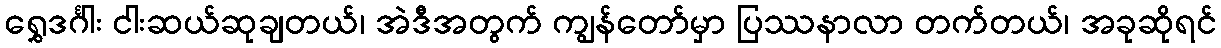
ရွှေဒင်္ဂါး ငါးဆယ်ဆုချတယ်၊ အဲဒီအတွက် ကျွန်တော်မှာ ပြဿနာလာ တက်တယ်၊ အခုဆိုရင်